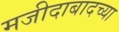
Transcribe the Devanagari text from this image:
मजीदाबादच्या